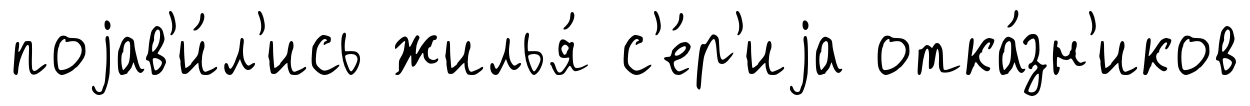
поjав'и́л'ись жилья́ с'е́р'иjа отка́зн'иков